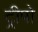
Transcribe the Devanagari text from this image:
ट्रीपो